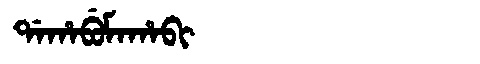
Manchu: ᡩᠠᡥᠠᠪᡠᠮᠠᡥᠠᠪᡳ
Romanization: DAHABUMAHABI